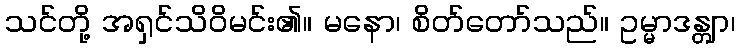
သင်တို့ အရှင်သိဝိမင်း၏။ မနော၊ စိတ်တော်သည်။ ဥမ္မာဒန္တျာ၊